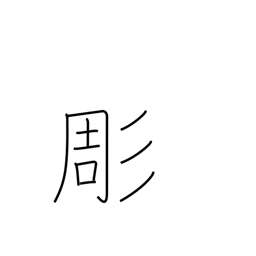
Meaning: chisel